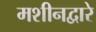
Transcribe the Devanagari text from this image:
मशीनद्वारे